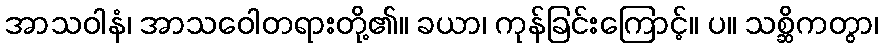
အာသဝါနံ၊ အာသဝေါတရားတို့၏။ ခယာ၊ ကုန်ခြင်းကြောင့်။ ပ။ သစ္ဆိကတွာ၊